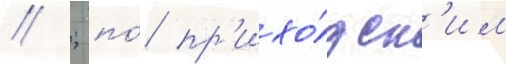
// ; по́ пр'ихо́дск'им